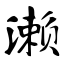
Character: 濑